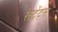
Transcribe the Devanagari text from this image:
रेस्ट्रेंट्स